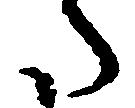
た